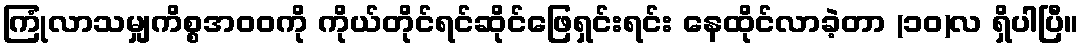
ကြုံလာသမျှကိစ္စအဝဝကို ကိုယ်တိုင်ရင်ဆိုင်ဖြေရှင်းရင်း နေထိုင်လာခဲ့တာ (၁၀)လ ရှိပါပြီ။